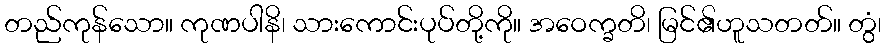
တည်ကုန်သော။ ကုဏပါနိ၊ သားကောင်းပုပ်တို့ကို။ အဝေက္ခတိ၊ မြင်၏ဟူသတတ်။ တွံ၊